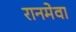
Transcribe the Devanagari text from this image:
रानमेवा